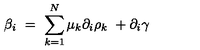
\beta _ { i } \ = \ \sum _ { k = 1 } ^ { N } \mu _ { k } \partial _ { i } \rho _ { k } \ + \partial _ { i } \gamma